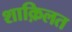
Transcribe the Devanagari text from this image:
शाक़िलत